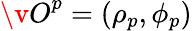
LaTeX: {\v O}^{p}=(\rho_{p},\phi_{p})